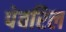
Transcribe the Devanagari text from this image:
पेवरिल